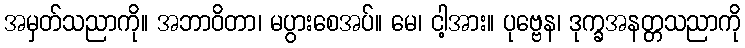
အမှတ်သညာကို။ အဘာဝိတာ၊ မပွားစေအပ်။ မေ၊ ငါ့အား။ ပုဗ္ဗေန၊ ဒုက္ခအနတ္တသညာကို